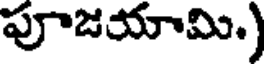
పూజయామి.)